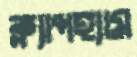
ক্ল্যাপহ্যাম